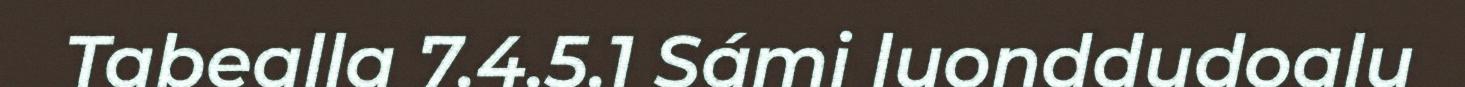
Tabealla 7.4.5.1 Sámi luonddudoalu